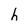
Character: h